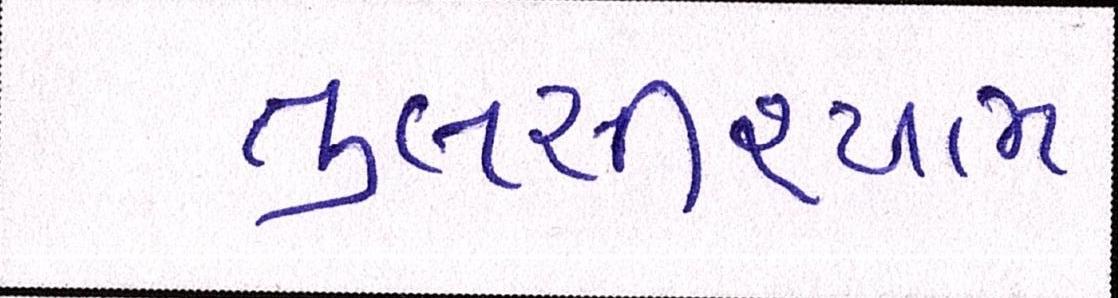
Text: તુલસીશ્યામ